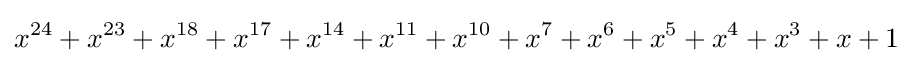
x^{24}+x^{23}+x^{18}+x^{17}+x^{14}+x^{11}+x^{10}+x^{7}+x^{6}+x^{5}+x^{4}+x^{3}+x+1